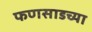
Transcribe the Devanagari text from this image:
फणसाडच्या